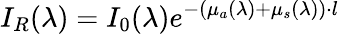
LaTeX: I_{R}(\lambda)=I_{0}(\lambda)e^{-(\mu_{a}(\lambda)+\mu_{s}(\lambda))\cdot l}